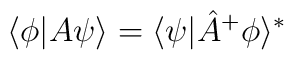
\langle \phi |A\psi \rangle =\langle \psi |\hat{A}^{+}\phi \rangle ^{*}